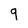
Character: 9